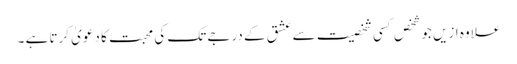
علاوہ ازیں جو شخص کسی شخصیت سے عشق کے درجے تک کی محبت کا دعویٰ کرتا ہے ۔